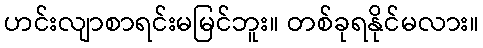
ဟင်းလျာစာရင်းမမြင်ဘူး။ တစ်ခုရနိုင်မလား။